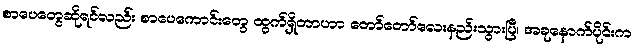
စာပေတွေဆိုရင်လည်း စာပေကောင်းတွေ ထွက်ရှိတာဟာ တော်တော်လေးနည်းသွားပြီ၊ အခုနောက်ပိုင်းက